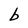
Character: b